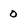
Character: o